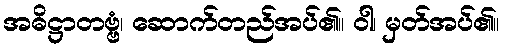
အဓိဋ္ဌာတဗ္ဗံ၊ ဆောက်တည်အပ်၏။ ဝါ၊ မှတ်အပ်၏။